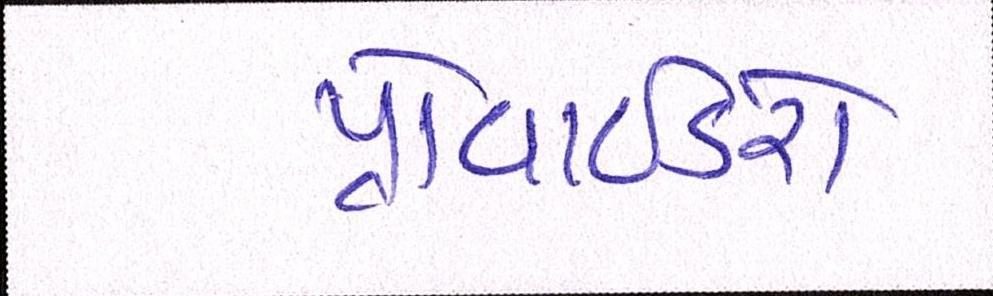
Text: પ્રોવાઈડરો